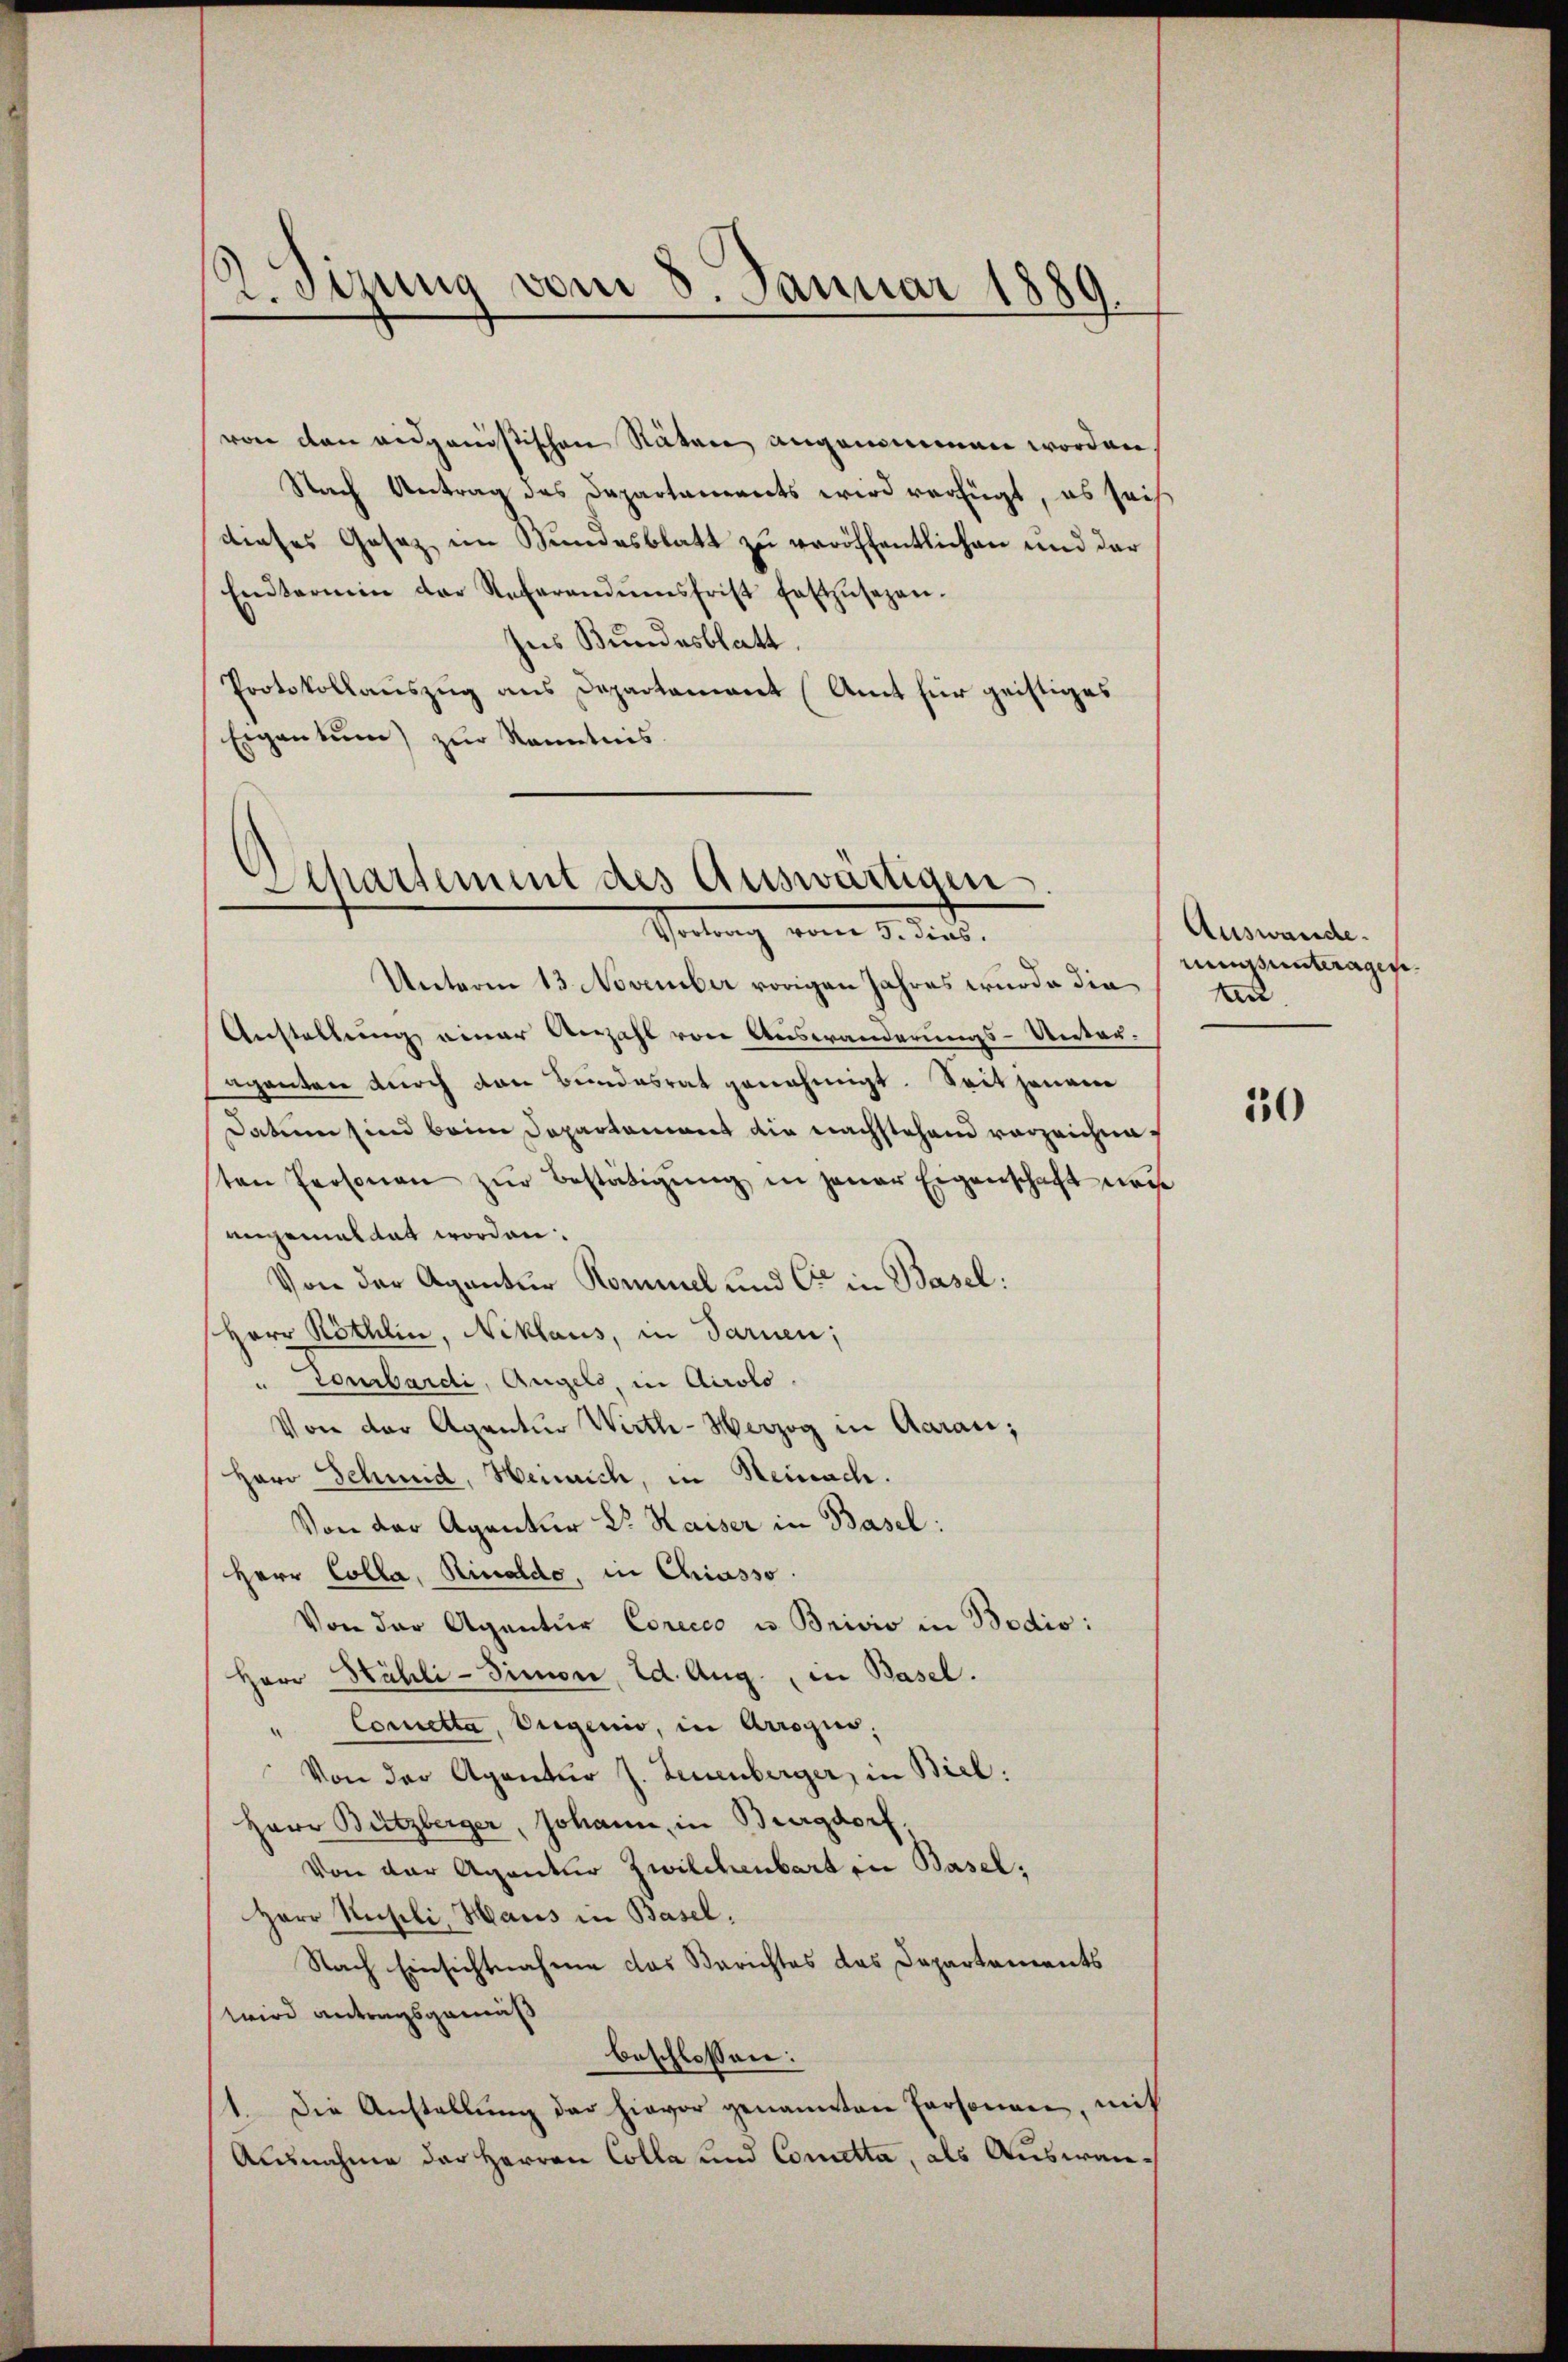
2. Sitzung vom 8. Januar 1889

von den eidganistischen Räten angenommen worden,
Nach Antrag des Departaments wird verfügt, es sei
dieses Gesaz im Bundesblatt zu veröffentlichen und der
Eintermin der Referandŭmsfrist festzŭsezen.
Ins Bundesblatt.
Protokollauszug aus Departament (Amt für geistiges
Eigentum) zŭr Kenntnis.

Departement des Auswärtigen.
Vortrag vom 5. dies

Unterm 13. November vorigen Jahres wurde die
Anstellung einer Anzahl von Auswanderungs-Unter-
aganten durch von Bundesrat genehmigt. Seit jenen
Datum sind beim Departament die nachstehend vorzeichneten Personen zŭr Bestätigŭng in jener Eigenschaft nach
engemaltet worden.
Von der Agantur Kommel und Cie in Basel:
Herr Röthlin, Niklaus, in daruen;
"courbardi, Angels, in Airolo.
Von der Agentur Wirth- Herzog in Aarau;
Herr Schmid, Henrich, in Steinach.
Von der Agentur Dr. Kaiser in Basel:
Herr Colla, Rinaldo, in Chiasso.
Von der Agantur Corecco u. Brivio in Bodio:
Herr Hähli-Simon, Ed. Aug., in Basel.
"Cometta, Augenio, in Arrogin;
Von der Agentur J. Leuenberger, in Biel.
Herr Bützberger, Johann, in Burgdorf.
Von der Agentur Zwilchenbart in Basel,
Herr Ruhli, Haus in Basel,
Nach Einsichtnahme das Berichtes das Departements
wird antragsgemäß
beschlossen:
1. Die Anstallŭng der hievor genannten Personen, mit
Ausnahme des Herren Colla und Cometta, als Auswan¬

Auswande.
nungsunteragen.
ten.

50